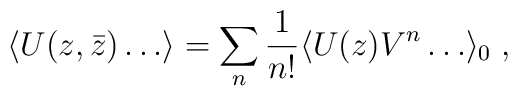
\langle  U(z,\bar z) \ldots \rangle= \sum_n {1\over{n!}}  \langle  U(z) V^n \ldots  \rangle_0\;,